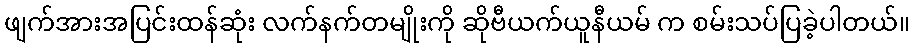
ဖျက်အားအပြင်းထန်ဆုံး လက်နက်တမျိုးကို ဆိုဗီယက်ယူနီယမ် က စမ်းသပ်ပြခဲ့ပါတယ်။